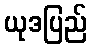
ယုဒပြည်